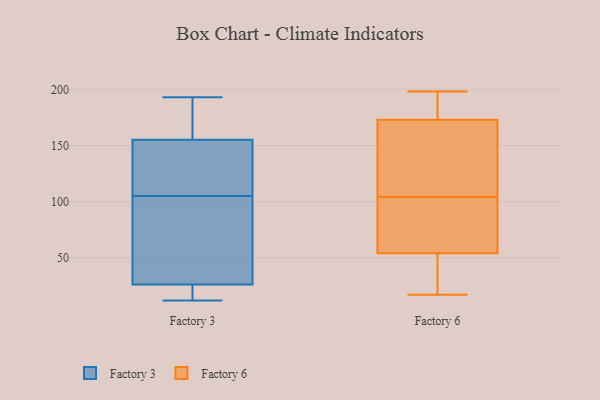
{"axis": {"x": "Shipments", "y": "Value"}, "legend": ["Factory 3", "Factory 6"], "data": [{"x": "", "y": 41, "type": "Factory 3"}, {"x": "", "y": 12, "type": "Factory 3"}, {"x": "", "y": 12, "type": "Factory 3"}, {"x": "", "y": 138, "type": "Factory 3"}, {"x": "", "y": 18, "type": "Factory 3"}, {"x": "", "y": 105, "type": "Factory 3"}, {"x": "", "y": 95, "type": "Factory 3"}, {"x": "", "y": 149, "type": "Factory 3"}, {"x": "", "y": 12, "type": "Factory 3"}, {"x": "", "y": 188, "type": "Factory 3"}, {"x": "", "y": 185, "type": "Factory 3"}, {"x": "", "y": 29, "type": "Factory 3"}, {"x": "", "y": 173, "type": "Factory 3"}, {"x": "", "y": 122, "type": "Factory 3"}, {"x": "", "y": 74, "type": "Factory 3"}, {"x": "", "y": 114, "type": "Factory 3"}, {"x": "", "y": 193, "type": "Factory 3"}, {"x": "", "y": 192, "type": "Factory 6"}, {"x": "", "y": 78, "type": "Factory 6"}, {"x": "", "y": 26, "type": "Factory 6"}, {"x": "", "y": 173, "type": "Factory 6"}, {"x": "", "y": 53, "type": "Factory 6"}, {"x": "", "y": 198, "type": "Factory 6"}, {"x": "", "y": 47, "type": "Factory 6"}, {"x": "", "y": 178, "type": "Factory 6"}, {"x": "", "y": 100, "type": "Factory 6"}, {"x": "", "y": 108, "type": "Factory 6"}, {"x": "", "y": 39, "type": "Factory 6"}, {"x": "", "y": 60, "type": "Factory 6"}, {"x": "", "y": 174, "type": "Factory 6"}, {"x": "", "y": 146, "type": "Factory 6"}, {"x": "", "y": 17, "type": "Factory 6"}, {"x": "", "y": 55, "type": "Factory 6"}, {"x": "", "y": 173, "type": "Factory 6"}, {"x": "", "y": 144, "type": "Factory 6"}, {"x": "", "y": 63, "type": "Factory 6"}, {"x": "", "y": 114, "type": "Factory 6"}]}